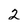
Character: 2